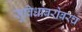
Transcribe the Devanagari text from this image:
सुविधांबरोबरच